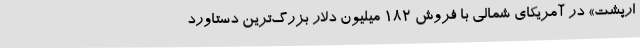
ارپشت» در آمریکای شمالی با فروش ۱۸۲ میلیون دلار بزرگ‌ترین دستاورد